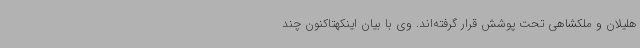
هلیلان و ملکشاهی تحت پوشش قرار گرفته‌اند. وی با بیان اینکهتاکنون چند